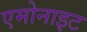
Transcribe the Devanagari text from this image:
एमोनाइट